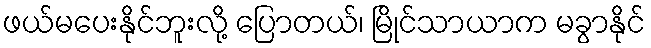
ဖယ်မပေးနိုင်ဘူးလို့ ပြောတယ်၊ မြိုင်သာယာက မခွာနိုင်